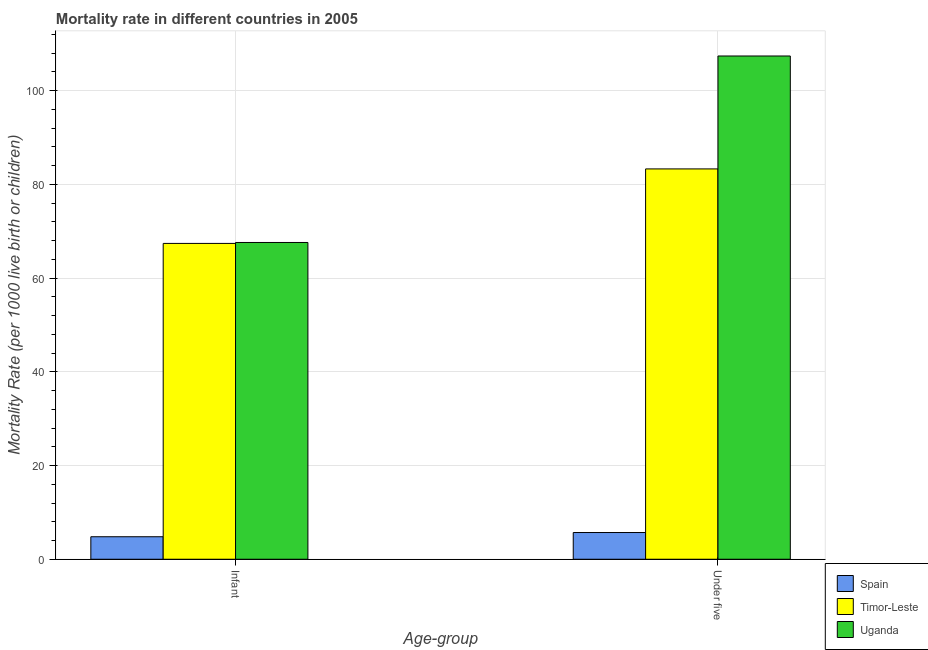
| Age-group | Spain | Timor-Leste | Uganda |
 | --- | --- | --- | --- |
 | Infant | 4.8 | 67.4 | 67.6 |
 | Under five | 5.7 | 83.3 | 107 |